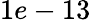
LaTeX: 1e-13